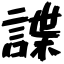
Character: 諜